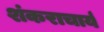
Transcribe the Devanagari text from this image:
शंकराचार्य